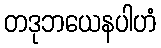
တဒုဘယေနပါဟံ